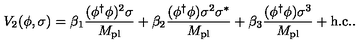
V _ { 2 } ( \phi , \sigma ) = \beta _ { 1 } \frac { ( \phi ^ { \dag } \phi ) ^ { 2 } \sigma } { M _ { \mathrm { p l } } } + \beta _ { 2 } \frac { ( \phi ^ { \dag } \phi ) \sigma ^ { 2 } \sigma ^ { \ast } } { M _ { \mathrm { p l } } } + \beta _ { 3 } \frac { ( \phi ^ { \dag } \phi ) \sigma ^ { 3 } } { M _ { \mathrm { p l } } } + \mathrm { { h . c . } . }